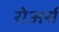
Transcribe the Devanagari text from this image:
रोअर्स